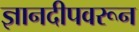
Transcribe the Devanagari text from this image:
ज्ञानदीपवरून